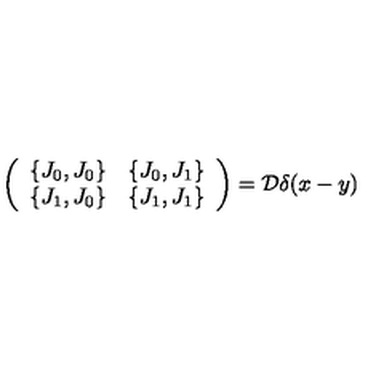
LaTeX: \left( \begin{array} { c c } { \{ J _ { 0 } , J _ { 0 } \} } & { \{ J _ { 0 } , J _ { 1 } \} } \\ { \{ J _ { 1 } , J _ { 0 } \} } & { \{ J _ { 1 } , J _ { 1 } \} } \\ \end{array} \right) = { \cal D } \delta ( x - y )